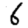
Digit: 6